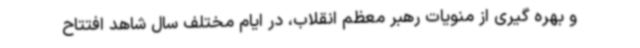
و بهره گیری از منویات رهبر معظم انقلاب، در ایام مختلف سال شاهد افتتاح